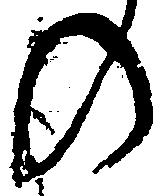
の